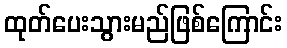
ထုတ်ပေးသွားမည်ဖြစ်ကြောင်း